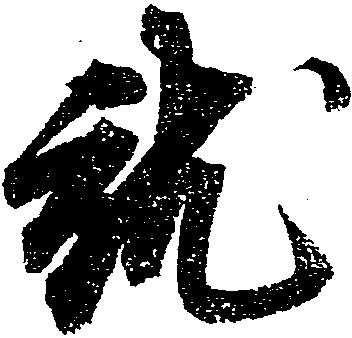
就